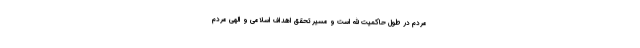
مردم در طول حاکمیت الله است و مسیر تحقق اهداف اسلامی و الهی مردم